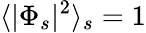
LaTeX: \langle|\Phi_{s}|^{2}\rangle_{s}=1